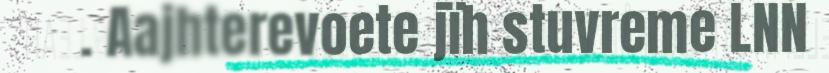
. Aajhterevoete jïh stuvreme LNN